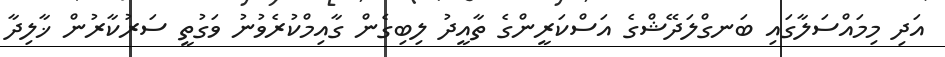
އަދި މިމައްސަލާގައި ބަނގްލަދޭޝްގެ އަސްކަރީންގެ ތާއީދު ލިބިގެން ގާއިމްކުރެވުނު ވަގުތީ ސަރުކާރުން ޚާލިދާ